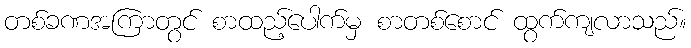
တစ်ခဏအကြာတွင် စာထည့်ပေါက်မှ စာတစ်စောင် ထွက်ကျလာသည်။